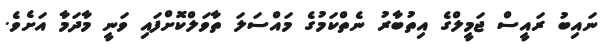
ނައިބު ރައީސް ޖަމީލްގެ އިތުބާރު ނެތްކަމުގެ މައްސަލަ ތާވަލްކޮށްފައި ވަނީ މާދަމާ އަށެވެ.